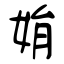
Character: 姢